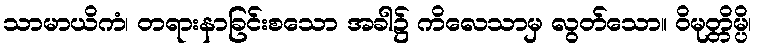
သာမာယိကံ၊ တရားနာခြင်းစသော အခါ၌ ကိလေသာမှ လွတ်သော။ ဝိမုတ္တိမ္ပိ၊